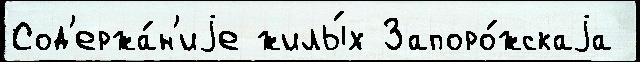
Сод'ержа́н'иjе жилы́х Запоро́жскаjа